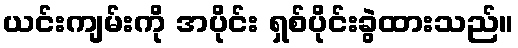
ယင်းကျမ်းကို အပိုင်း ရှစ်ပိုင်းခွဲထားသည်။